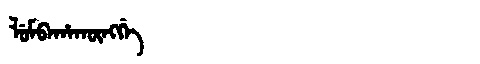
Manchu: ᠯᡠᠮᠪᠠᡥᠠᡴᡡᠩᡤᡝ
Romanization: LUMBAHAKŪNGGE